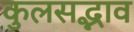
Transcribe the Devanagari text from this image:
कुलसद्भाव